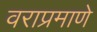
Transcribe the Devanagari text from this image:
वराप्रमाणे